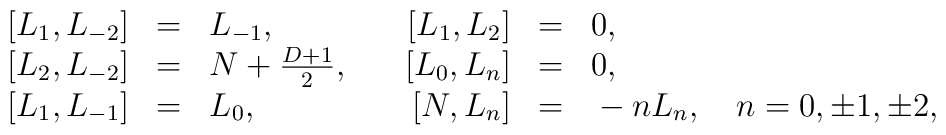
\begin{array}{rclrcl} \left[L_1,L_{-2}\right]&=&L_{-1},&\quad\left[L_1,L_2\right]&=&0,\\ \left[L_2,L_{-2}\right]&=& N + \frac{D+1}{2},&\quad\left[L_0,L_n\right]&=&0,\\ \left[L_1,L_{-1}\right]&=&L_0,&\quad\left[N,L_n\right]&=&{}-nL_n,\quad n=0,\pm 1,\pm 2, \end{array}